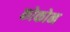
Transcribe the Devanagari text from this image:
कोकोन